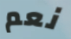
نعم